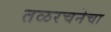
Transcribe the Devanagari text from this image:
तळरचनेचा